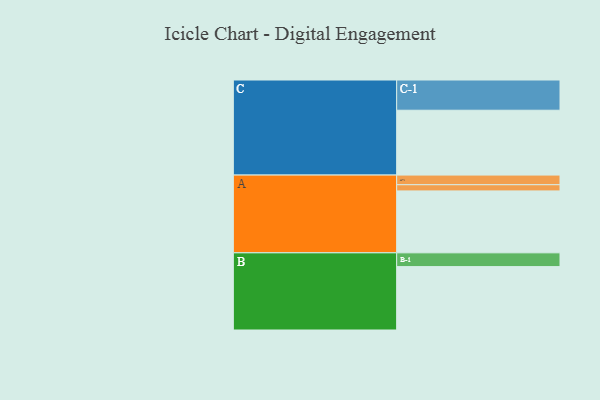
{"axis": {"x": "Segment", "y": "Value"}, "legend": ["", "A", "B", "C"], "data": [{"x": "A", "y": 508, "type": ""}, {"x": "B", "y": 520, "type": ""}, {"x": "C", "y": 532, "type": ""}, {"x": "A-1", "y": 79, "type": "A"}, {"x": "A-2", "y": 51, "type": "A"}, {"x": "B-1", "y": 113, "type": "B"}, {"x": "C-1", "y": 248, "type": "C"}]}